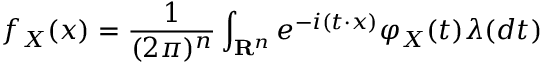
f _ { X } ( x ) = { \frac { 1 } { ( 2 \pi ) ^ { n } } } \int _ { \mathbf { R } ^ { n } } e ^ { - i ( t \cdot x ) } \varphi _ { X } ( t ) \lambda ( d t )